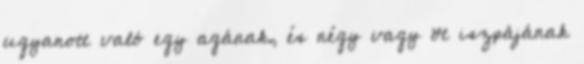
ugyanott való egy agának, és négy vagy öt iszpájának